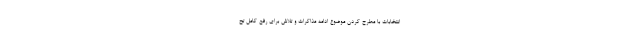
انتخابات با مطرح کردن موضوع ادامه مذاکرات و تلاش برای رفع کامل تح